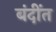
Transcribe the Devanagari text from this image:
बंदींत